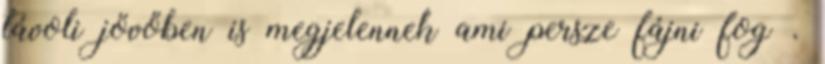
távoli jövőben is megjelennek ami persze fájni fog .